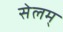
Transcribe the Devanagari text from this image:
सेलम्